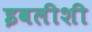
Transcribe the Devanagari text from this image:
इवलीशी